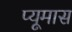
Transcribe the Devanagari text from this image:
प्यूमास